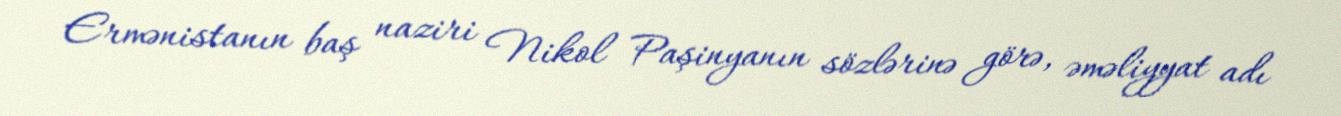
Ermənistanın baş naziri Nikol Paşinyanın sözlərinə görə, əməliyyat adı